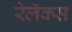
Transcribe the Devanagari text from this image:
रेलॅक्स